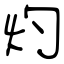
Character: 灼